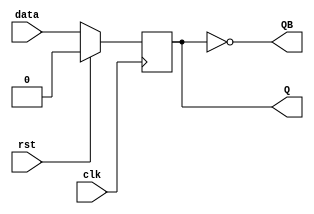
/*
------------------------------------------------
D Flip Flop with synchronous reset.
------------------------------------------------
Functionality:
                Q Output data of flip flop.
                QB inverted output of Q.
                data data input.
                clk clock input.
                rst reset input.
                If reset is enabled after the rising edge of the clock and remains high until next rising edge only then the D Flip Flop
                will reset(Synchronous Reset).
------------------------------------------------
Design Architecture = Behavioural Architecture
------------------------------------------------
Module Name   : dFF;
Designer      : Raghav Rastogi;
Creation Date : 28, August, 2018;
------------------------------------------------
*/

module dFF (Q, QB, data, clk, rst);
  
    output Q, QB;
    input data, clk, rst;
    reg Q;
  
    assign QB = ~Q;
  
    always @(posedge clk)
    begin
        if(rst)
            Q <= 1'b0;
        else
            Q <= data;
    end
endmodule